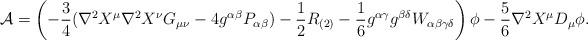
LaTeX: \begin{align*}{\cal A} = \left(- \frac{3}{4} (\nabla^2 X^\mu \nabla^2 X^\nu G_{\mu \nu} - 4 g^{\alpha \beta} P_{\alpha \beta}) - \frac{1}{2} R_{(2)} - \frac{1}{6} g^{\alpha \gamma} g^{\beta \delta} W_{\alpha \beta \gamma \delta} \right) \phi - \frac{5}{6} \nabla^2 X^\mu D_\mu \phi .\end{align*}